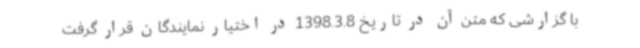
با گزارشی که متن آن در تاریخ 1398.3.8 در اختیار نمایندگان قرار گرفت